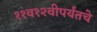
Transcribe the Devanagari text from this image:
११व१२वीपर्यंतचे